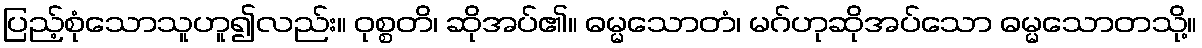
ပြည့်စုံသောသူဟူ၍လည်း။ ဝုစ္စတိ၊ ဆိုအပ်၏။ ဓမ္မသောတံ၊ မဂ်ဟုဆိုအပ်သော ဓမ္မသောတသို့။